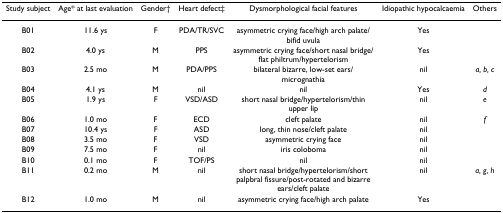
| Study subject | Age* at last evaluation | Gender† | Heart defect‡ | Dysmorphological facial features | Idiopathic hypocalcaemia | Others |
 | --- | --- | --- | --- | --- | --- | --- |
 | B01 | 11.6 ys | F | PDA/TR/SVC | asymmetric crying face/high arch palate/bifid uvula | Yes |  |
 | B02 | 4.0 ys | M | PPS | asymmetric crying face/short nasal bridge/flat philtrum/hypertelorism | Yes |  |
 | B03 | 2.5 mo | M | PDA/PPS | bilateral bizarre, low-set ears/micrognathia | nil | a, b, c |
 | B04 | 4.1 ys | M | nil | nil | Yes | d |
 | B05 | 1.9 ys | F | VSD/ASD | short nasal bridge/hypertelorism/thin upper lip | nil | e |
 | B06 | 1.0 mo | F | ECD | cleft palate | nil | f |
 | B07 | 10.4 ys | F | ASD | long, thin nose/cleft palate | nil |  |
 | B08 | 3.5 mo | F | VSD | asymmetric crying face | nil |  |
 | B09 | 7.5 mo | F | nil | iris coloboma | nil |  |
 | B10 | 0.1 mo | F | TOF/PS | nil | nil |  |
 | B11 | 0.2 mo | M | nil | short nasal bridge/hypertelorism/short palpbral fissure/post-rotated and bizarre ears/cleft palate | nil | a, g, h |
 | B12 | 1.0 mo | M | nil | asymmetric crying face/high arch palate | Yes |  |